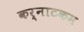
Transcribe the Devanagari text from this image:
कर्नाटकम